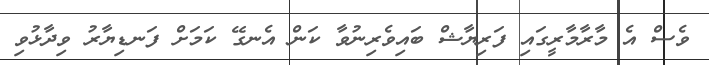
ވެސް އެ މާރާމާރީގައި ފަރިޔާޝް ބައިވެރިނުވާ ކަން އެނގޭ ކަމަށް ފަނޑިޔާރު ވިދާޅުވި